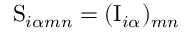
\mathrm { S } _ { i \alpha m n } = ( \mathrm { I } _ { i \alpha } ) _ { m n }